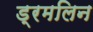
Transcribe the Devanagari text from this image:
ड्रमलिन